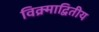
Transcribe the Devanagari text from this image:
विक्र्माद्वितीय